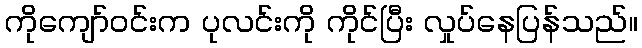
ကိုကျော်ဝင်းက ပုလင်းကို ကိုင်ပြီး လှုပ်နေပြန်သည်။